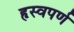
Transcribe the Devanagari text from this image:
हृस्वपर्ण